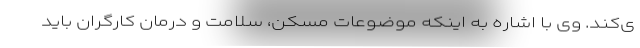
ی‌کند. وی با اشاره به اینکه موضوعات مسکن، سلامت و درمان کارگران باید